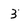
Character: 3